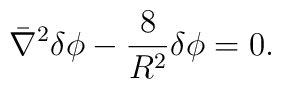
\bar \nabla^2 \delta \phi - {8 \over R^2} \delta \phi =0.